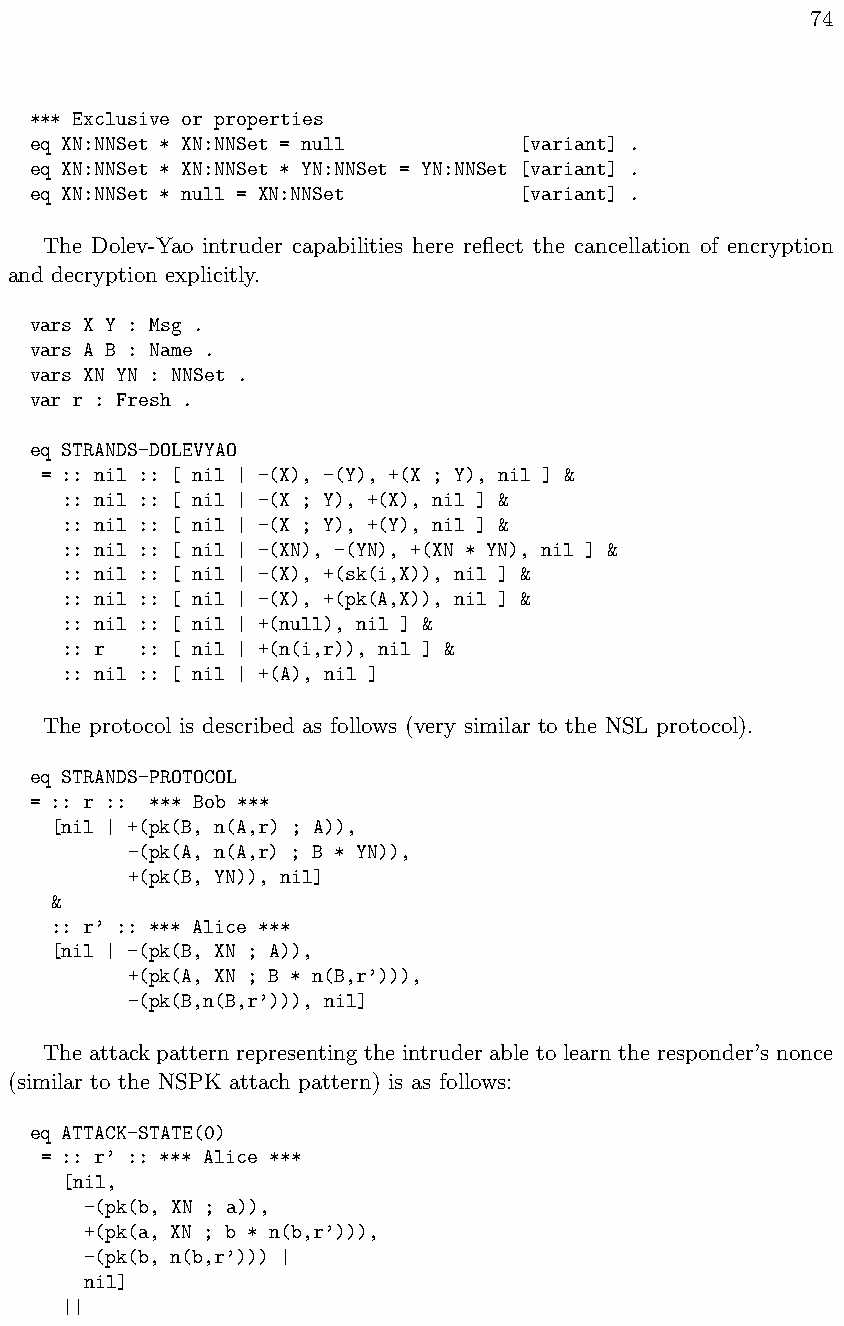
74
 *** Exclusive or properties
 eq XN:NNSet * XN:NNSet = null   [variant] .
 eq XN:NNSet * XN:NNSet * YN:NNSet = YN:NNSet [variant] .
 eq XN:NNSet * null = XN:NNSet   [variant] .
 The Dolev-Yao intruder capabilities here reflect the cancellation of encryption
 and decryption explicitly.
 vars X Y : Msg .
 vars A B : Name .
 vars XN YN : NNSet .
 var r : Fresh .
 eq STRANDS-DOLEVYAO
 = :: nil :: [ nil | -(X), -(Y), +(X ; Y), nil ] &
 :: nil :: [ nil | -(X ; Y), +(X), nil ] &
 :: nil :: [ nil | -(X ; Y), +(Y), nil ] &
 :: nil :: [ nil | -(XN), -(YN), +(XN * YN), nil ] &
 :: nil :: [ nil | -(X), +(sk(i,X)), nil ] &
 :: nil :: [ nil | -(X), +(pk(A,X)), nil ] &
 :: nil :: [ nil | +(null), nil ] &
 :: r :: [ nil | +(n(i,r)), nil ] &
 :: nil :: [ nil | +(A), nil ]
 The protocol is described as follows (very similar to the NSL protocol).
 eq STRANDS-PROTOCOL
 = :: r :: *** Bob ***
 [nil | +(pk(B, n(A,r) ; A)),
 -(pk(A, n(A,r) ; B * YN)),
 +(pk(B, YN)), nil]
 &
 :: r’ :: *** Alice ***
 [nil | -(pk(B, XN ; A)),
 +(pk(A, XN ; B * n(B,r’))),
 -(pk(B,n(B,r’))), nil]
 The attack pattern representing the intruder able to learn the responder’s nonce
 (similar to the NSPK attach pattern) is as follows:
 eq ATTACK-STATE(0)
 = :: r’ :: *** Alice ***
 [nil,
 -(pk(b, XN ; a)),
 +(pk(a, XN ; b * n(b,r’))),
 -(pk(b, n(b,r’))) |
 nil]
 ||